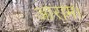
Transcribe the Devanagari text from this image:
आराम।